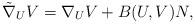
LaTeX: \begin{align*}\tilde{\nabla}_{U}V=\nabla _{U}V+B(U,V)N, \end{align*}